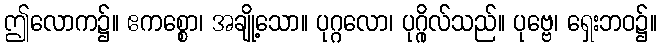
ဤလောက၌။ ဧကစ္စော၊ အချို့သော။ ပုဂ္ဂလော၊ ပုဂ္ဂိုလ်သည်။ ပုဗ္ဗေ၊ ရှေးဘဝ၌။